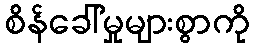
စိန်ခေါ်မှုများစွာကို